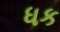
ધક